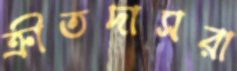
ক্রীতদাসরা